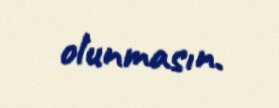
olunmasın.